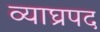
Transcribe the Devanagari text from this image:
व्याघ्रपद